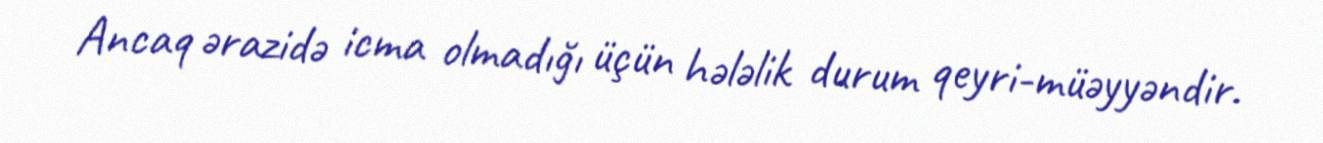
Ancaq ərazidə icma olmadığı üçün hələlik durum qeyri-müəyyəndir.